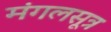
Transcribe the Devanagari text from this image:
मंगलसूत्र